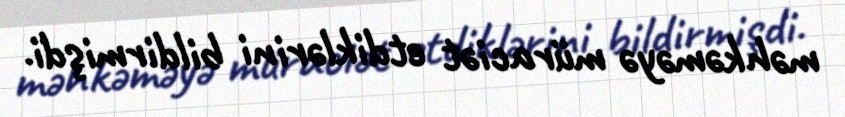
məhkəməyə müraciət etdiklərini bildirmişdi.